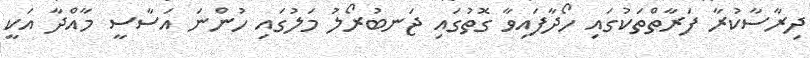
ދިރާސާކުރާ ފަރާތްތަކުގައި ހޯދާފައިވާ ގޮތުގައި ޖަނބުރޯލު މަލުގައި ހުންނަ އަސާސީ މާއްދާ އަކީ